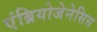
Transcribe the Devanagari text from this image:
एंब्रियोजेनेसिस